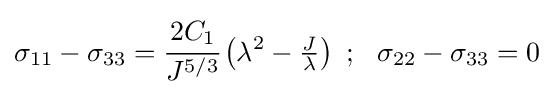
\sigma _{11}-\sigma _{33}={\cfrac {2C_{1}}{J^{5/3}}}\left(\lambda ^{2}-{\tfrac {J}{\lambda }}\right)~;~~\sigma _{22}-\sigma _{33}=0